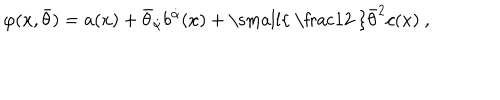
\varphi ( x , \bar { \theta } ) = a ( x ) + \bar { \theta } _ { \dot { \alpha } } b ^ { \dot { \alpha } } ( x ) + { \mathrm { \small { ~ \frac 1 2 ~ } } } \bar { \theta } ^ { 2 } c ( x ) \ ,